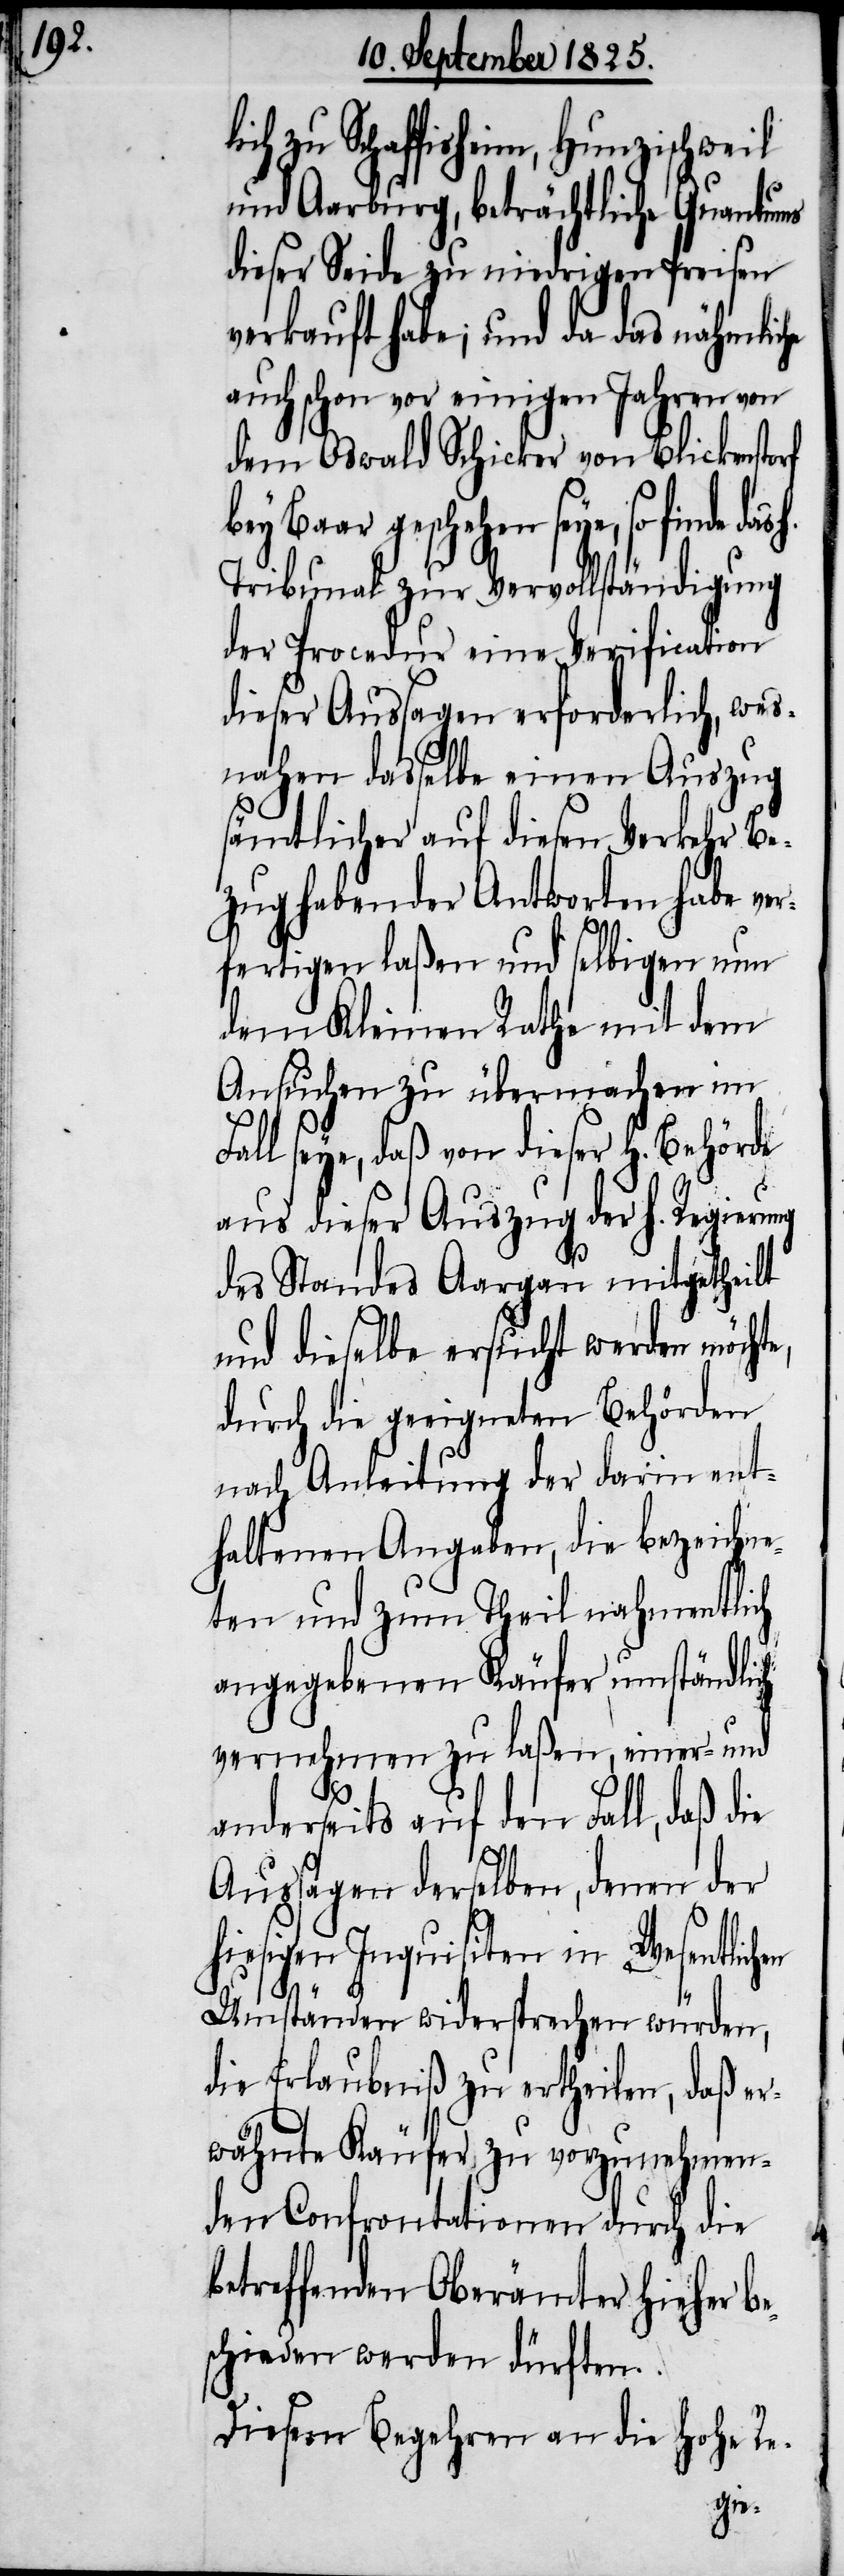
zu Schaffisheim, Hunzischweil
und Aarburg, beträchtliche Quantums
dieser Seide zu niedrigen Preisen
verkauft habe; und da das nähmliche
auch schon vor einigen Jahren von
dem Oswald Schicker von Blickenstorf
Baar geschehen seye, so finde
Tribunal zur Vervollständigung
der Procedur eine Verification
dieser Aussagen erforderlich, wes¬
nahen dasselbe einen Auszug
sämtlicher auf diesen Verkehr Be¬
zug habender Antworten habe ver¬
fertigen laßen und selbigen nun
dem Kleinen Rathe mit dem
Ansuche zu übermachen im
Fall seye, daß von dieser h. Behörde
aus dieser Auszug der h. Regierung
des Standes Aargau mitgetheilt
und dieselbe ersucht werden möchte,
durch die geeigneten Behörden
nach Anleitung der darin ent¬
haltenen Angaben, die bezeichne¬
ten und zum Theil nahmentlich
angegebenen Käufer umständlich
vernehmen zu laßen, einer- und
anderseits auf den Fall, daß die
Aussagen derselben, denen der
hiesigen Inquisition in Wesentlichen
Umständen wiedersprechen würden,
die Erlaubniß zu ertheilen, daß er¬
wähnte Käufer zu vorzunehmen¬
den Confrontationen durch die
betreffenden Oberämter hieher be¬
schieden werden dürften.
Diesen Begehren an die hohe Re-